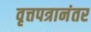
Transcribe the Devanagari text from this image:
वृत्तपत्रानंतर